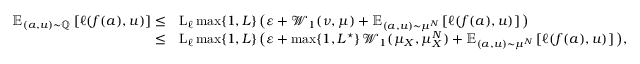
\begin{array} { r l } { \boldsymbol { \mathbb { E } } _ { ( a , u ) \sim \mathbb { Q } } \left[ \ell ( f ( a ) , u ) \right] \le } & { \operatorname { L } _ { \ell } \operatorname* { m a x } \{ 1 , L \} \, \big ( \varepsilon + \mathcal { W } _ { 1 } ( \nu , \mu ) + \boldsymbol { \mathbb { E } } _ { ( a , u ) \sim \mu ^ { N } } \left[ \ell ( f ( a ) , u ) \right] \big ) } \\ { \le } & { \operatorname { L } _ { \ell } \operatorname* { m a x } \{ 1 , L \} \, \big ( \varepsilon + \operatorname* { m a x } \{ 1 , L ^ { \star } \} \, \mathcal { W } _ { 1 } ( \mu _ { X } , \mu _ { X } ^ { N } ) + \boldsymbol { \mathbb { E } } _ { ( a , u ) \sim \mu ^ { N } } \left[ \ell ( f ( a ) , u ) \right] \big ) , } \end{array}